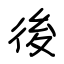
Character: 後